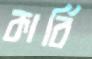
কার্বি